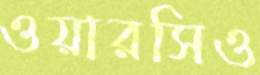
ওয়ারসিও